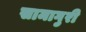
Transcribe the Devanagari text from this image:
सामागुरी